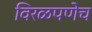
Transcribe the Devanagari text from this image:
विरळपणेच